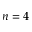
n = 4